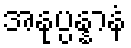
အနုပ္ပန္နာနံ